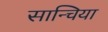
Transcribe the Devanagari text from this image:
सान्चिया